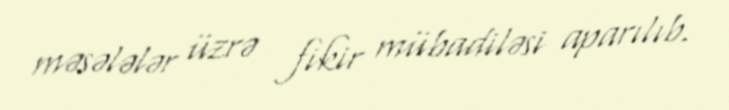
məsələlər üzrə fikir mübadiləsi aparılıb.